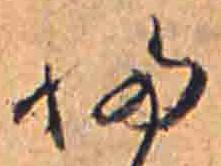
ふ